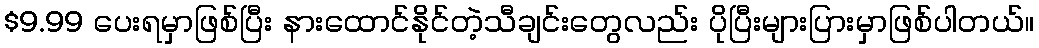
$9.99 ပေးရမှာဖြစ်ပြီး နားထောင်နိုင်တဲ့သီချင်းတွေလည်း ပိုပြီးများပြားမှာဖြစ်ပါတယ်။